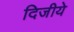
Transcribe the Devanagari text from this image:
दिजीये